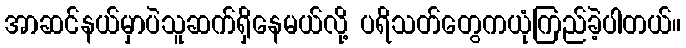
အာဆင်နယ်မှာပဲသူဆက်ရှိနေမယ်လို့ ပရိသတ်တွေကယုံကြည်ခဲ့ပါတယ်။